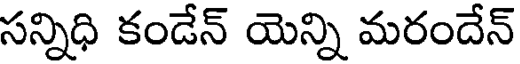
సన్నిధి కండేన్ యెన్ని మరందేన్